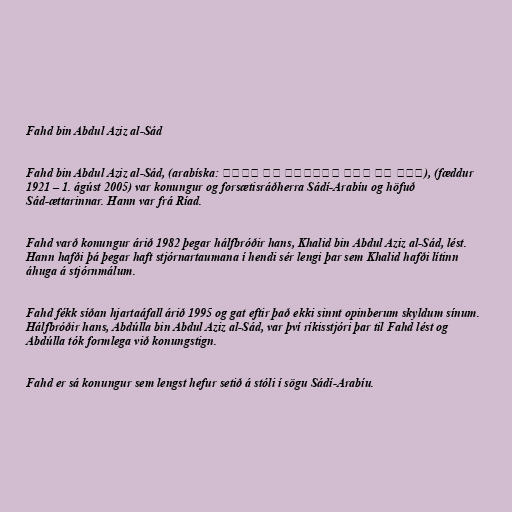
Fahd bin Abdul Aziz al-Sád

Fahd bin Abdul Aziz al-Sád, (arabíska: فهد بن عبد العزيز آل سعود), (fæddur
1921 – 1. ágúst 2005) var konungur og forsætisráðherra Sádí-Arabíu og höfuð
Sád-ættarinnar. Hann var frá Ríad.

Fahd varð konungur árið 1982 þegar hálfbróðir hans, Khalid bin Abdul Aziz al-Sád, lést.
Hann hafði þá þegar haft stjórnartaumana í hendi sér lengi þar sem Khalid hafði lítinn
áhuga á stjórnmálum.

Fahd fékk síðan hjartaáfall árið 1995 og gat eftir það ekki sinnt opinberum skyldum sínum.
Hálfbróðir hans, Abdúlla bin Abdul Aziz al-Sád, var því ríkisstjóri þar til Fahd lést og
Abdúlla tók formlega við konungstign.

Fahd er sá konungur sem lengst hefur setið á stóli í sögu Sádí-Arabíu.